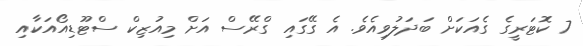
7 ކޮޓަރީގެ ގެއަކަށް ބަދަލުވިއެވެ. އެ ގޭގައި ގްރޭސް އަށް މިއުޒިކް ސްޓޫޑިއޯއަކާއި